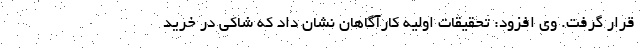
قرار گرفت. وی افزود: تحقیقات اولیه کارآگاهان نشان داد که شاکی در خرید